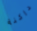
داكنة